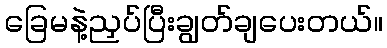
ခြေမနဲ့ညှပ်ပြီးချွတ်ချပေးတယ်။